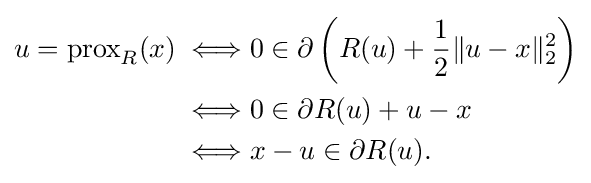
{\begin{aligned}u=\operatorname {prox} _{R}(x)\iff &0\in \partial \left(R(u)+{\frac {1}{2}}\|u-x\|_{2}^{2}\right)\\\iff &0\in \partial R(u)+u-x\\\iff &x-u\in \partial R(u).\end{aligned}}